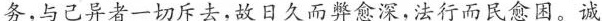
务，与已异者一切斥去，放日久而弊念深，法行而民愈困。诚